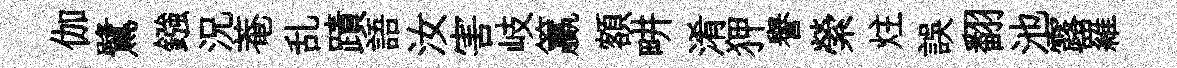
伽鷺鏹況菴乱蹟語汝害岐籯額畊淆狎譽縈炷誤翻池露羅